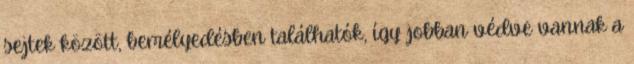
sejtek között, bemélyedésben találhatók, így jobban védve vannak a